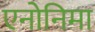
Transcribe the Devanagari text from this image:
एनोनिमा